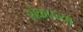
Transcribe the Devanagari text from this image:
शेकपच्या